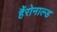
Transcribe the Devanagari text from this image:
हैंरोनाल्ड